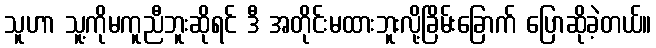
သူဟာ သူ့ကိုမကူညီဘူးဆိုရင် ဒီ အတိုင်းမထားဘူးလို့ခြိမ်းခြောက် ပြောဆိုခဲ့တယ်။